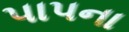
પાપના